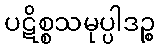
ပဋိစ္စသမုပ္ပါဒဉ္စ